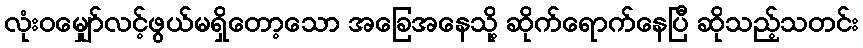
လုံးဝမျှော်လင့်ဖွယ်မရှိတော့သော အခြေအနေသို့ ဆိုက်ရောက်နေပြီ ဆိုသည့်သတင်း